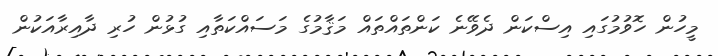
މީހުން ހޮވުމުގައި އިސްކަން ދެވޭނެ ކަންތައްތައް މަޤާމުގެ މަސައްކަތާއި ގުޅުން ހުރި ދާއިރާއަކުން